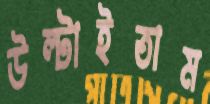
উল্‌টাইতাম